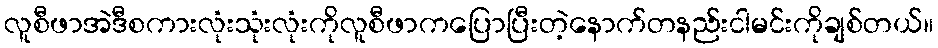
လူစီဖာအဲဒီစကားလုံးသုံးလုံးကိုလူစီဖာကပြောပြီးတဲ့နောက်တနည်းငါမင်းကိုချစ်တယ်။